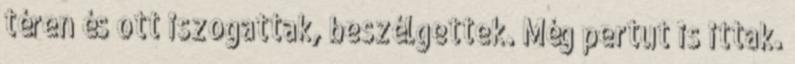
téren és ott iszogattak, beszélgettek. Még pertut is ittak.